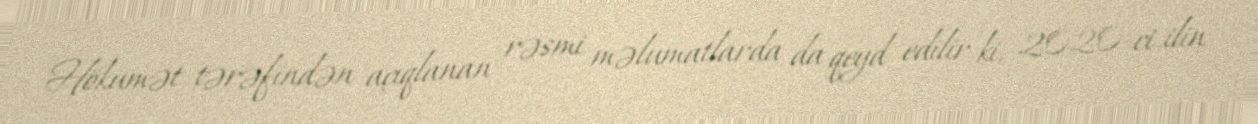
Hökumət tərəfindən açıqlanan rəsmi məlumatlarda da qeyd edilir ki, 2020-ci ilin